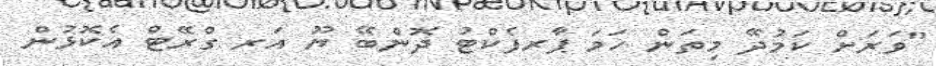
"ވަރަށް ކަމުދޭ މިތަން ހަމަ ޕާރފެކްޓު ދޮންބޭ ޔޫ އަރ ގްރޭޓް އެކޮޅުން